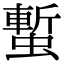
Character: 𧐮